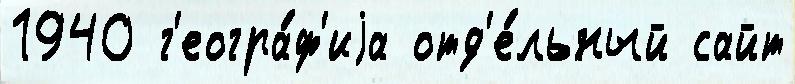
1940 г'еогра́ф'иjа отд'е́льный сайт